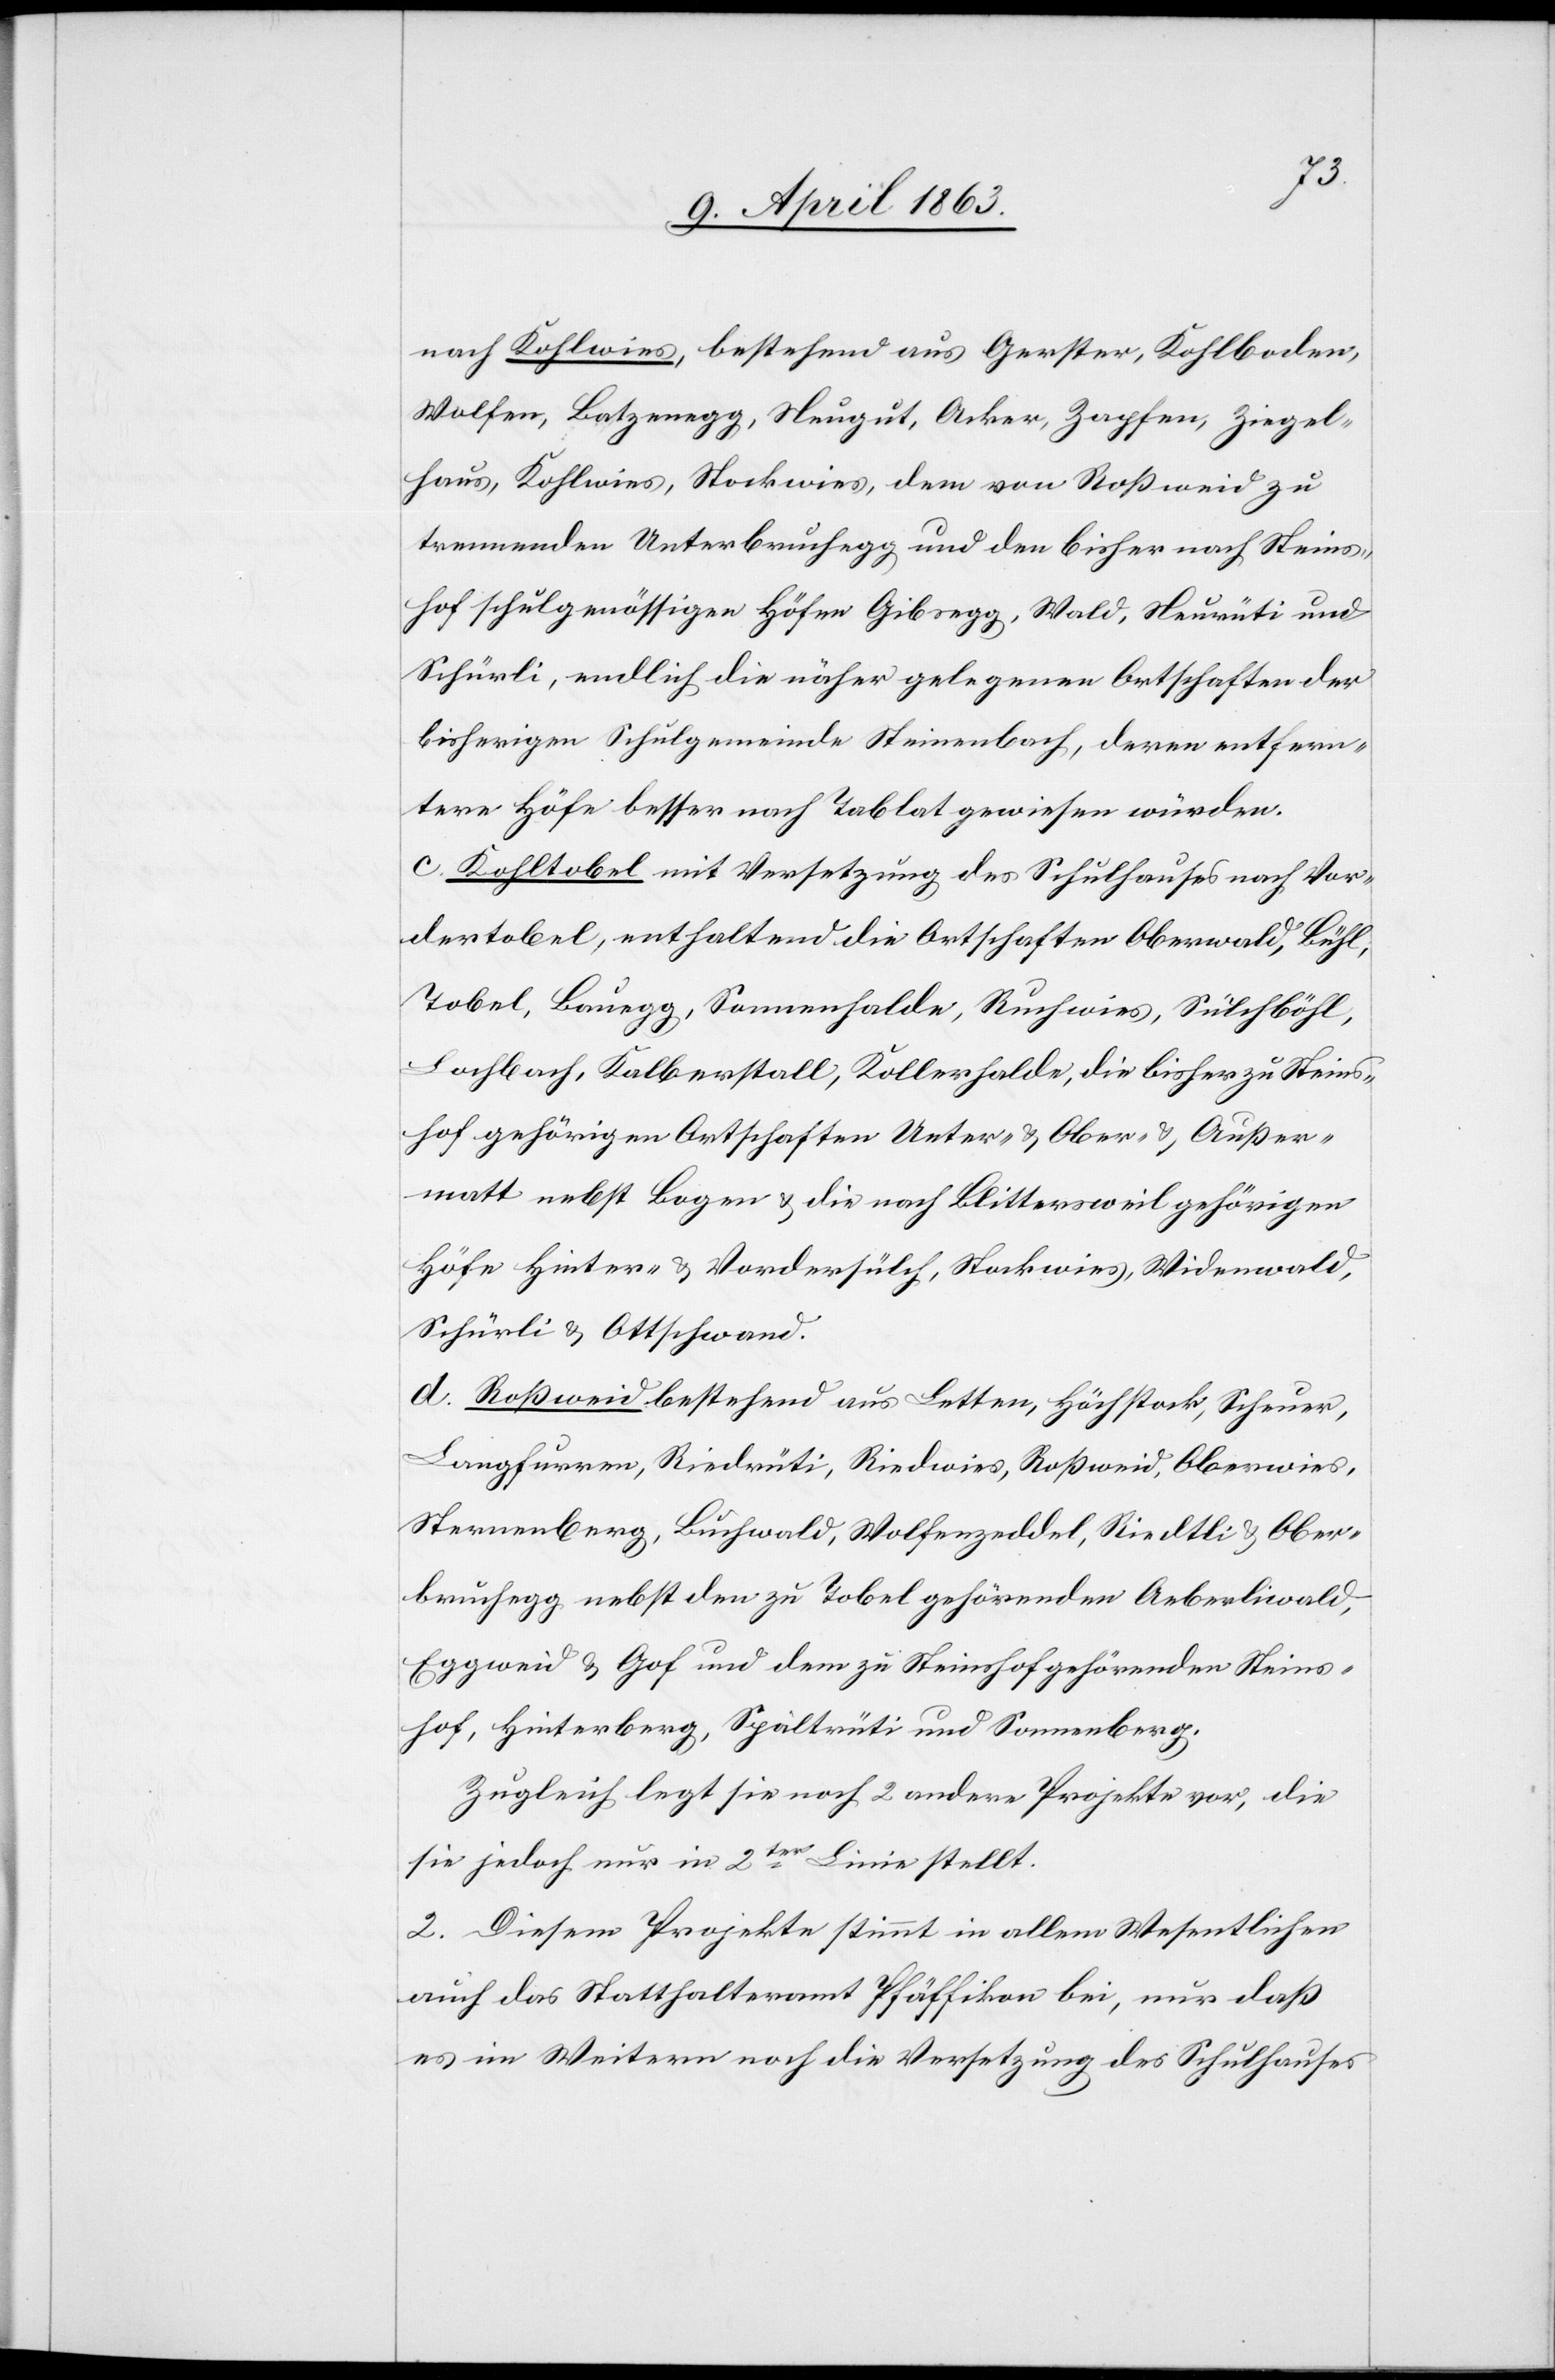
nach Kohlwies, bestehend aus Gerster, Kohlboden,
Wolfen, Batzenegg, Neugut, Acker, Zapfen, Ziegel¬
haus, Kohlwies, Stockwies, dem von Roßweid zu
trennenden Unterbruchegg und den bisher nach Steins¬
hof schulgenössigen Höfen Gibsegg, Wald, Neurüti und
Schürli, endlich die näher gelegenen Ortschaften der
bisherigen Schulgemeinde Steinenbach, deren entfern¬
tere Höfe besser nach Tablat gewiesen würden.
c) Kohltobel mit Versetzung des Schulhauses nach Vor¬
dertobel, enthaltend die Ortschaften Oberwald, Bühl,
Tobel, Bauegg, Sonnenhalde, Ruchwies, Sülchböhl,
Lochbach, Kalberstall, Kollerhalde, die bisher zu Steins¬
hof gehörigen Ortschaften Unter- & Ober- & Außer¬
matt nebst Bogen & die nach Blittersweil gehörigen
Höfe Hinter- & Vordersülch, Stockwies, Widenwald,
Schürli & Ottschwand.
d) Roßweid bestehend aus Letten, Höchstock, Scheuer,
Langfurrer, Riedrüti, Riedwies, Roßweid, Oberwies,
Sternenberg, Buchwald, Wolfenzeddel, Riedtli & Ober¬
bruchegg nebst den zu Tobel gehörenden Aberliwald,
Eggweid & Gof und dem zu Steinshof gehörenden Steins¬
hof, Hinterberg, Spältrüti und Sonnenberg.
Zugleich legt sie noch 2 andere Projekte vor, die
sie jedoch nur in 2ter Linie stellt.
2. Diesem Projekte stimmt in allem Wesentlichen
auch das Statthalteramt Pfäffikon bei, nur daß
es im Weitern noch die Versetzung des Schulhauses